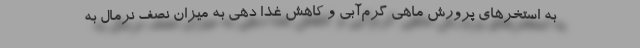
به استخرهای پرورش ماهی گرم‌آبی و کاهش غذا دهی به میزان نصف نرمال به